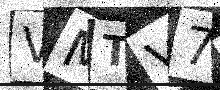
Text: VMTV74